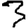
Digit: 3